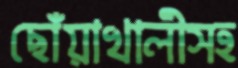
ছোঁয়াখালীসহ